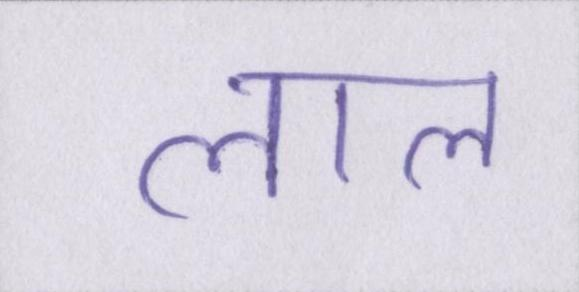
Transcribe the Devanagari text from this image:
लाल